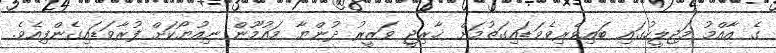
ގެ އާއްމު މަޖިލީހުގައި ބައިވެރިވެވަޑައިގަތުމަށް ޚާރިޖީ ވަޒީރު ދުންޔާ މައުމޫން ނިއުޔޯކަށް ފުރާވަޑައިގެންފިއެވެ.